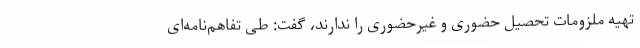
تهیه ملزومات تحصیل حضوری و غیرحضوری را ندارند، گفت: طی تفاهم‌نامه‌ای